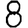
Digit: 8